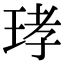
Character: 𤥝